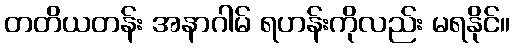
တတိယတန်း အနာဂါမ် ရဟန်းကိုလည်း မရနိုင်။